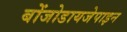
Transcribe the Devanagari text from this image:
बोंजोडायजेपाइन